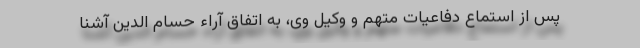
پس از استماع دفاعیات متهم و وکیل وی، به اتفاق آراء حسام الدین آشنا